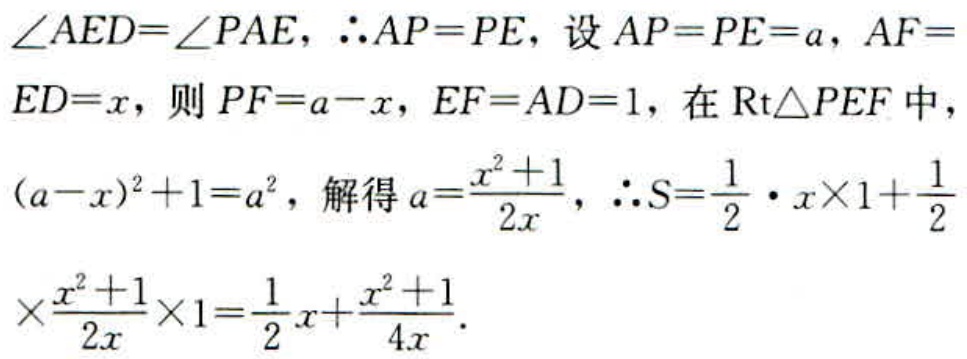
\(\angle AED = \angle PAE, \therefore AP = PE\), 设 \(AP = PE = a\), \(AF = ED = x\), 则 \(PF = a - x\), \(EF = AD = 1\), 在 \(\text{Rt}\triangle PEF\) 中，\((a - x)^{2}+1 = a^{2}\), 解得 \(a = \frac{x^{2}+1}{2x}\), \(\therefore S=\frac{1}{2}\cdot x\times1+\frac{1}{2}\times\frac{x^{2}+1}{2x}\times1=\frac{1}{2}x+\frac{x^{2}+1}{4x}\).